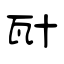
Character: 瓧